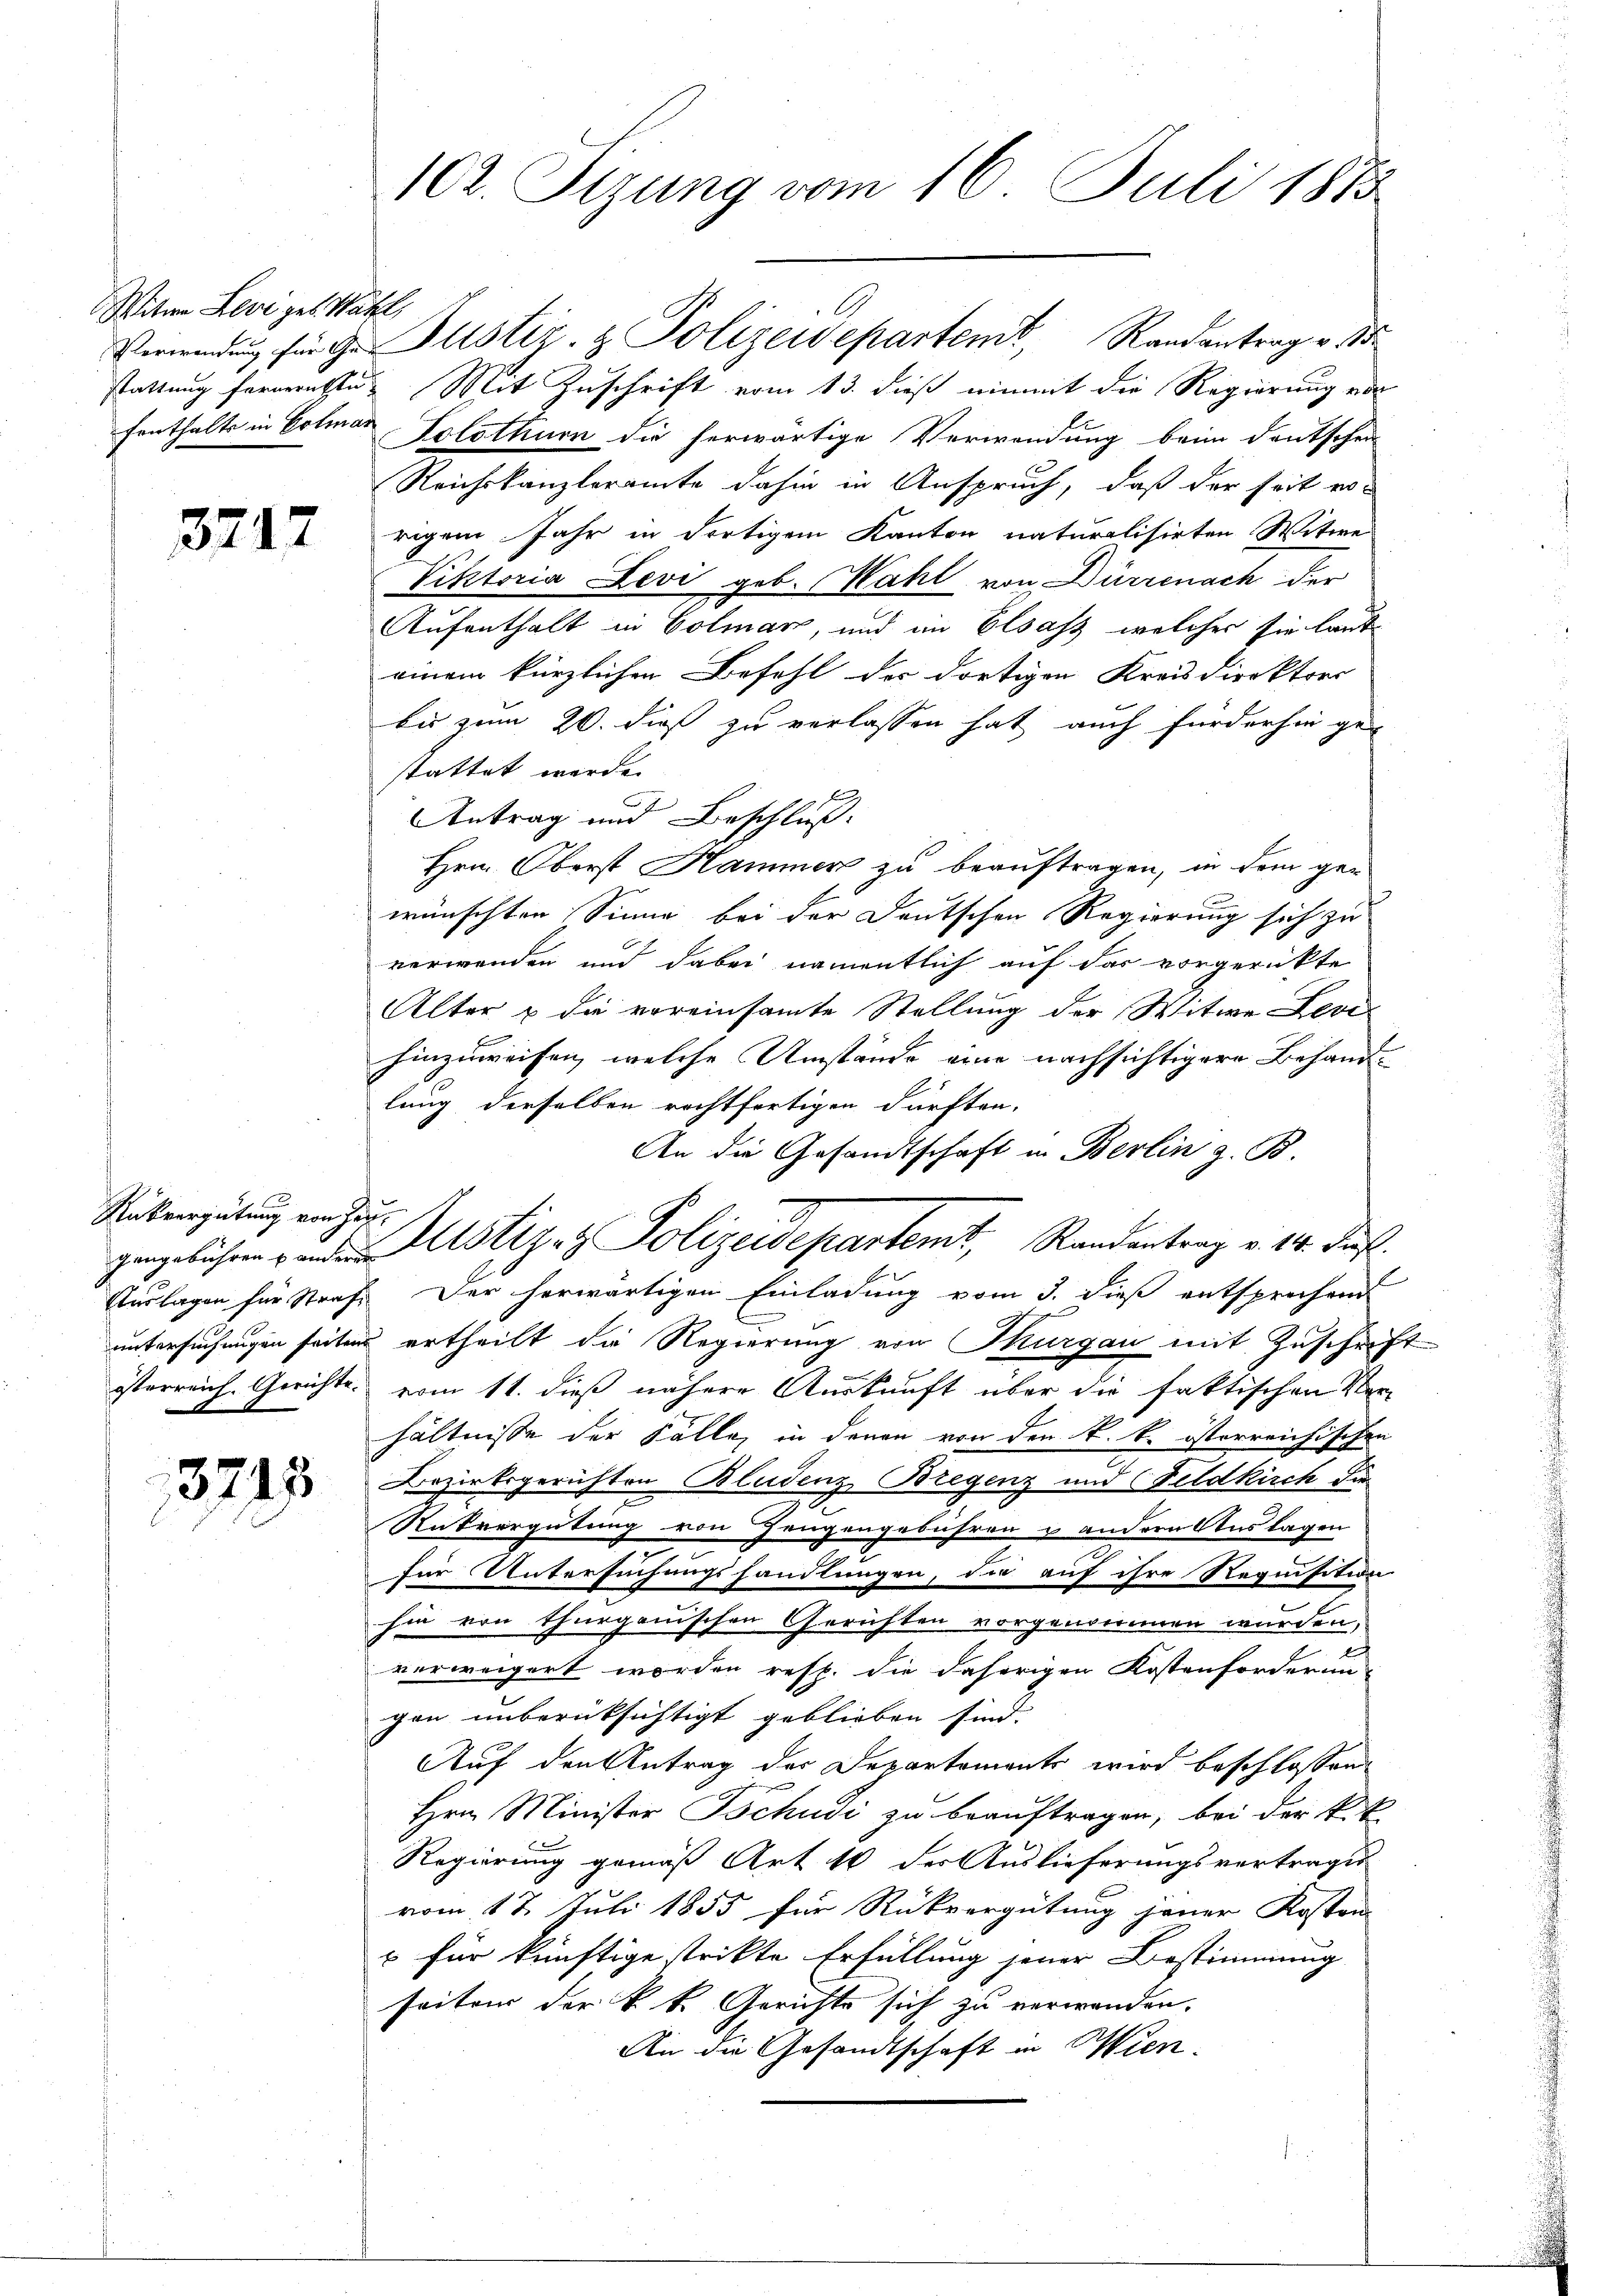
Witwe Levigel. Satz,

3747

Rükvergütung von Hau¬

3215

102. Sizung vom 16. Juli 1873

Verwendŭng für de Justiz- & Polizeidepartem Randantrag v. 18.
Stattung fernernsten Mit Zuschrift vom 13. dieß einmit die Regierung von
fenthalts in Colmar Solothurn die herwärtige Verwendung beim Deutschein
Reichskanzleramte dahin in Anspruch, daß der seit ro-
rigem Jahr in dortigem Kanton naturalisirten Witwe
Viktoria Levi geb. Wahl von Dürrenach der
Aufenthalt in Colmar, und im Elsass, welcher sie laut
einem kürzlichen Befehl der dortigen Kreisdirektors
bis zum 20. dieß zu verlassen hat auch fürderhin ge-
stattet werde.
Antrag und Beschluß:
Hrn. Oberst Hammer zu beauftragen, in dem ge-
wünschten Sinne bei der Deutschen Regierung sich zu
verwenden und dabei namentlich auf das vorgerückte
Alter u die voreinsamte Stellung der Witwe Levi
hinzuweisen, welche Umstände eine nachsichtigere Behandllung derselben rechtfertigen dürften.
An die Gesandtschaft in Berlin z. B.
e
gangebühren anden Astiz & Polizeidepartemt, Randantrag v. 14. darf.
Auslagen für Strafe der herwärtigen Einladung vom 3. dieß entsprechend
untersuchungen seiten ertheilt die Regierung von Thurgau mit Zuschrift
österreich. Gerichte vom 11. dieß nähere Auskunft über die faktischen Ver-
hältnisse der Fälle, in denen von den k. k. österreichischen
Bezirksgerichten Bludenz Bregenz und Feldkirch die
3
Rükvergütung von Zeugengebühren & andern Auslagen
für Untersuchungshandlungen, die auf ihre Requisition
hin von Thurgauischen Gerichten vorgenommen wurden.
verweigert worden resp. die daherigen Kostenforderun-
gen unberüksichtigt geblieben sind.
Auf den Antrag der Departements wird beschlossen:
Hrn. Minister Tschudi zu beauftragen, bei der k.k
Regierung gemäß Art 10 der Auslieferungsvertrages
vom 12. Juli 1855 für Rückvergütung jener Kosten
u für künftige strikte Erfüllung jener Bestimmung
seiten der k. k. Gerichte sich zu verwanden.
An die Gesandtschaft in Wien¬